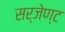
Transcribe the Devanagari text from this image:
सर्जेण्ट